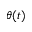
\theta ( t )